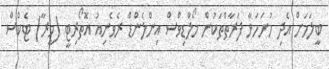
ބީލަމަށް އެދި ހުށަހަޅާ ފަރާތްތަކުން މޯލްޑިވްސް އިންލެންޑް ރެވެނިއު އޮތޯރިޓީ (މީރާ) ޓެކްސް